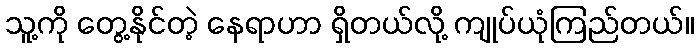
သူ့ကို တွေ့နိုင်တဲ့ နေရာဟာ ရှိတယ်လို့ ကျုပ်ယုံကြည်တယ်။